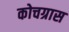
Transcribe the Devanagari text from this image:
कोचग्रास